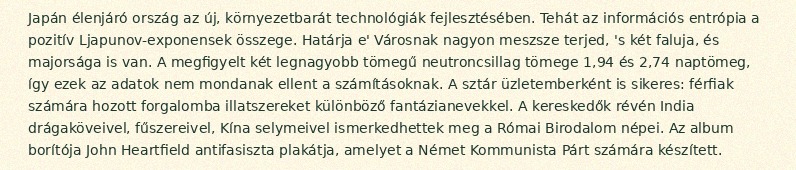
Japán élenjáró ország az új, környezetbarát technológiák fejlesztésében. Tehát az információs entrópia a pozitív Ljapunov-exponensek összege. Határja e' Városnak nagyon meszsze terjed, 's két faluja, és majorsága is van. A megfigyelt két legnagyobb tömegű neutroncsillag tömege 1,94 és 2,74 naptömeg, így ezek az adatok nem mondanak ellent a számításoknak. A sztár üzletemberként is sikeres: férfiak számára hozott forgalomba illatszereket különböző fantázianevekkel. A kereskedők révén India drágaköveivel, fűszereivel, Kína selymeivel ismerkedhettek meg a Római Birodalom népei. Az album borítója John Heartfield antifasiszta plakátja, amelyet a Német Kommunista Párt számára készített.